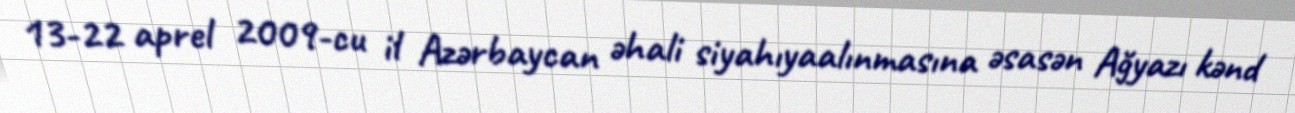
13-22 aprel 2009-cu il Azərbaycan əhali siyahıyaalınmasına əsasən Ağyazı kənd